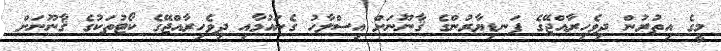
މީގެ އިތުރުން ދިވެހިރާއްޖޭގެ ފަނޑިޔާރުންގެ ޤާނޫނަށް އިސްލާހު ގެނައުމާއި ދިވެހިރާއްޖޭގެ ކޯޓުތަކުގެ ޤާނޫނަށް